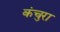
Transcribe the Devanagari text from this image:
कंचुरा